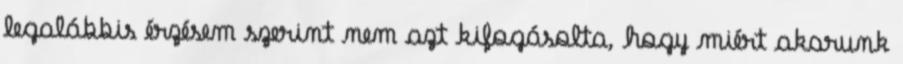
legalábbis érzésem szerint nem azt kifogásolta, hogy miért akarunk